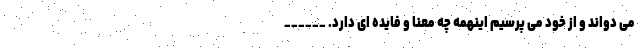
می دواند و از خود می پرسیم اینهمه چه معنا و فایده ای دارد. ______